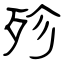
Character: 殄